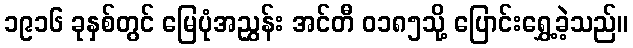
၁၉၁၆ ခုနှစ်တွင် မြေပုံအညွှန်း အင်တီ ၀၁၈၅သို့ ပြောင်းရွှေ့ခဲ့သည်။